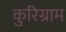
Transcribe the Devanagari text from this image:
कुरिग्राम